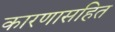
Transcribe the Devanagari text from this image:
कारणासहित